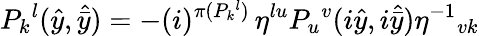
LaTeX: P_{k}{}^{l}(\hat{y},\hat{\bar{y}})=-(i)^{\pi(P_{k}{}^{l})}\, \eta^{lu}P_{u}{}^{v}(i\hat{y},i\hat{\bar{y}})\eta^{-1}{}_{vk}